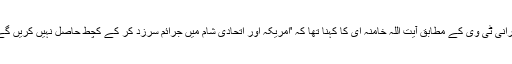
ایرانی ٹی وی کے مطابق آیت اللہ خامنہ ای کا کہنا تھا کہ 'امریکہ اور اتحادی شام میں جرائم سرزد کر کے کچط حاصل نہیں کریں گے۔